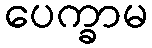
ပေက္ခာမ